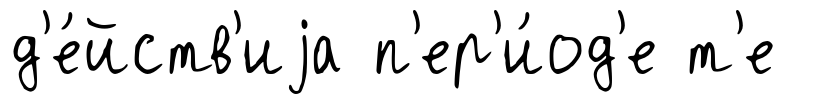
д'е́йств'иjа п'ер'и́од'е т'е